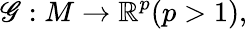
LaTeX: \mathscr{G}:M\to\mathbb{{R}}^{p}(p>1),